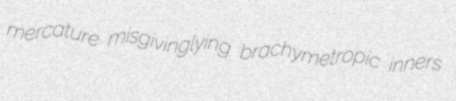
mercature misgivinglying brachymetropic inners